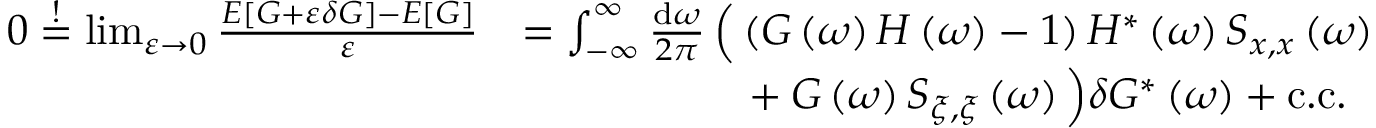
\begin{array} { r l } { 0 \stackrel { ! } { = } \operatorname* { l i m } _ { \varepsilon \to 0 } \frac { E \left[ G + \varepsilon \delta G \right] - E \left[ G \right] } { \varepsilon } } & { = \int _ { - \infty } ^ { \infty } \frac { \mathrm { d } \omega } { 2 \pi } \, \Big ( \left( G \left( \omega \right) H \left( \omega \right) - 1 \right) H ^ { * } \left( \omega \right) S _ { x , x } \left( \omega \right) } \\ & { \hphantom { = \int _ { - \infty } ^ { \infty } \frac { \mathrm { d } \omega } { 2 \pi } \, \bigg ( } + G \left( \omega \right) S _ { \xi , \xi } \left( \omega \right) \Big ) \delta G ^ { * } \left( \omega \right) + \mathrm { c . c . } } \end{array}